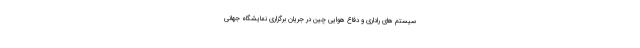
سیستم های راداری و دفاع هوایی چین در جریان برگزاری نمایشگاه جهانی